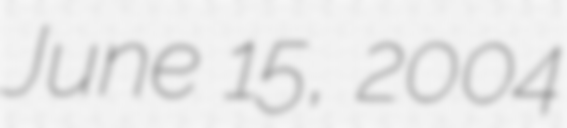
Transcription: June 15, 2004